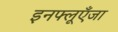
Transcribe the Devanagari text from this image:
इनफ्लूएँजा